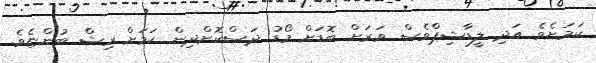
ކަމަށެވެ. އަދި ލީޑާޝިޕްވެސް ވަރަށް ބޮޑަށް މޯޑު ދަސްކޮށްދިން ކަމަށް ރިޝް ބުންޏެވެ.